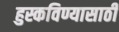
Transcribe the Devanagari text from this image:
हुस्कविण्यासाठी